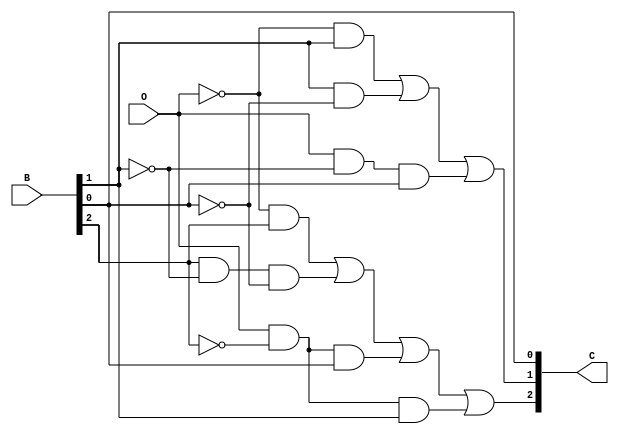
`timescale 1ns / 1ps
//////////////////////////////////////////////////////////////////////////////////
// Company: 
// Engineer: 
// 
// Design Name: 
// Module Name: complement
// Project Name: 
// Target Devices: 
// Tool Versions: 
// Description: 
// 
// Dependencies: 
// 
// Revision:
// Revision 0.01 - File Created
// Additional Comments:
// 
//////////////////////////////////////////////////////////////////////////////////


module complement(
  input O, // this is our operator bit. If it is 0, our number is positive. Hence, it will remain the same. Else, we will output its complement. 
  input [2:0] B, // this is our three bit number input
  output [2:0] C // our output needs to be three bit as well.
  ); 
  // Write your code here 
  assign C[0] = B[0];
  assign C[1] = (~O & B[1]) || (B[1] & ~B[0]) || (O & ~B[1] & B[0]);
  assign C[2] = (~O & B[2]) || (B[2] & ~B[1] & ~B[0]) || (O & ~B[2] & B[0]) || (O & ~B[2] & B[1]);
endmodule